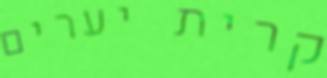
קרית יערים